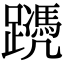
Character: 𨆱